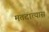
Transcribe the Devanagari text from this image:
मतदात्यास